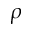
\rho